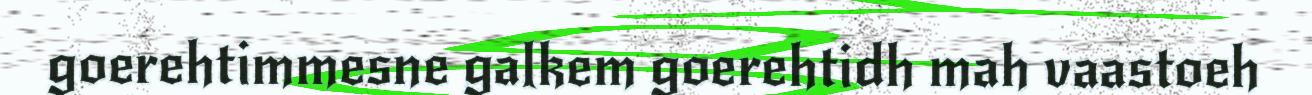
goerehtimmesne galkem goerehtidh mah vaastoeh